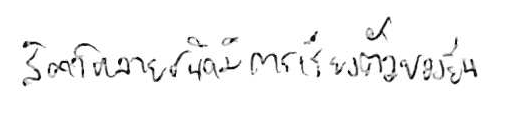
สัตว์หลายชนิดมีการเรียงตัวของยีน